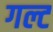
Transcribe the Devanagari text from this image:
गल्ट